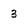
Character: 3